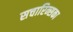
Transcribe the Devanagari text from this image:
सचारिन्सका